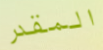
المقدر